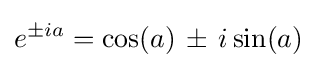
e^{\pm ia}=\cos(a)\,\pm \,i\sin(a)